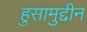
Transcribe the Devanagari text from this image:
हुसामुद्दीन